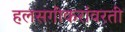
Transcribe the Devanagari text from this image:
हलसगीकरांवरती